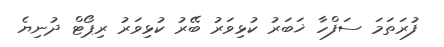
ފުރަތަމަ ސަފްހާ ޚަބަރު ކުޅިވަރު ބޭރު ކުޅިވަރު ރިޕޯޓް ދުނިޔެ